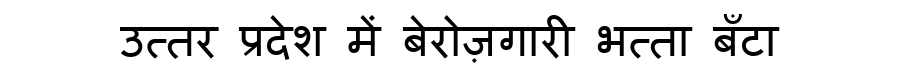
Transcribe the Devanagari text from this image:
उत्तर प्रदेश में बेरोज़गारी भत्ता बँटा